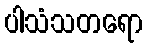
ပါသံသတရော